Indian journal of veterinary science and animal husbandry - Volume 1,
Year: 1931
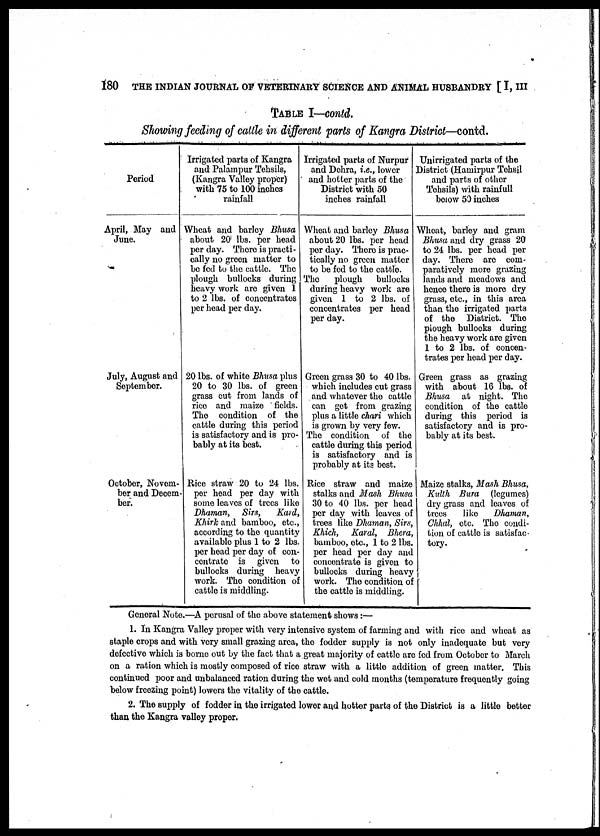
180 THE INDIAN JOURNAL OF VETERINARY SCIENCE AND ANIMAL HUSBANDRY [ I, III
TABLE I—contd.
Showing feeding of cattle in different parts of Kangra District—contd.
Period
April, May and
June.
July, August and
September.
October, Novem-
ber and Decem-
ber.
Irrigated parts of Kangra
and Palampur Tehsils,
(Kangra Valley proper)
with 75 to 100 inches
rainfall
Wheat and barley Bhusa
about 20 lbs. per head
per day. There is practi-
cally no green matter to
be fed to the cattle. The
plough bullocks during
heavy work are given 1
to 2 lbs. of concentrates
per head per day.
20 lbs. of white Bhusa plus
20 to 30 lbs. of green
grass cut from lands of
rice and maize fields.
The condition of the
cattle during this period
is satisfactory and is pro-
bably at its best.
Rice straw 20 to 24 lbs.
per head per day with
some leaves of trees like
Dhaman, Sirs,
kard,
Khirk and bamboo, etc.,
according to the quantity
available plus 1 to 2 lbs.
per head per day of con-
centrate is given to
bullocks during heavy
work. The condition of
cattle is middling.
Irrigated parts of Nurpur
and Dehra, i.e., lower
and hotter parts of the
District with 50
inches rainfall
Wheat and barley Bhusa
about 20 lbs. per head
per day. There is prac-
tically no green matter
to be fed to the cattle.
The plough bullocks
during heavy work are
given 1 to 2 lbs. of
concentrates per head
per day.
Green grass 30 to 40 lbs.
which includes cut grass
and whatever the cattle
can get from grazing
plus a little chari which
is grown by very few.
The condition of the
cattle during this period
is satisfactory and is
probably at its best.
Rice straw and maize
stalks and Mash Bhusa
30 to 40 lbs. per head
per day with leaves of
trees like Dhaman, Sirs,
Khich, Karal, Bhera,
bamboo, etc., 1 to 2 lbs.
per head per day and
concentrate is given to
bullocks during heavy
work. The condition of
the cattle is middling.
Unirrigated parts of the
District (Hamirpur Tehsil
and parts of other
Tehsils) with rainfull
below 50 inches
Wheat, barley and gram
Bhusa and dry grass 20
to 24 lbs. per head per
day. There are com-
paratively more grazing
lands and meadows and
hence there is more dry
grass, etc., in this area
than the irrigated parts
of the District. The
plough bullocks during
the heavy work are given
1 to 2 lbs. of concen-
trates per head per day.
Green grass as grazing
with about 16 lbs. of
Bhusa at night. The
condition of the cattle
during this period is
satisfactory and is pro-
bably at its best.
Maize stalks, Mash Bhusa,
Kulth Bura (legumes)
dry grass and leaves of
trees
like Dhaman,
Chhal, etc. The condi-
tion of cattle is satisfac-
tory.
General Note.—A perusal of the above statement shows :—
1. In Kangra Valley proper with very intensive system of farming and with rice and wheat as
staple crops and with very small grazing area, the fodder supply is not only inadequate but very
defective which is borne out by the fact that a great majority of cattle are fed from October to March
on a ration which is mostly composed of rice straw with a little addition of green matter. This
continued poor and unbalanced ration during the wet and cold months (temperature frequently going
below freezing point) lowers the vitality of the cattle.
2. The supply of fodder in the irrigated lower and hotter parts of the District is a little better
than the Kangra valley proper.